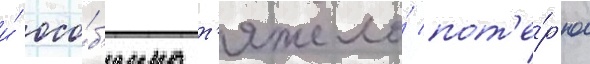
и́ осо́б'енно т'яжело́ пот'е́р'ю